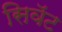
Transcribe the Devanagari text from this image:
सिवॅट